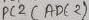
Text: PC2 (ADC2)